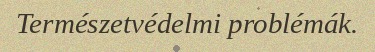
Természetvédelmi problémák.